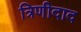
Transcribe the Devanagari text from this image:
त्रिणीदाद